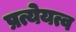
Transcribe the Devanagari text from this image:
प्रत्येयत्व